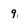
Character: 9